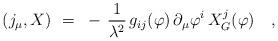
LaTeX: \begin{align*} (j_\mu,X)~=~- \, {1\over \lambda^2} \, g_{ij}(\varphi) \, \partial_\mu \varphi^i \, X_G^j(\varphi)~~~,\vspace{-2mm}\end{align*}